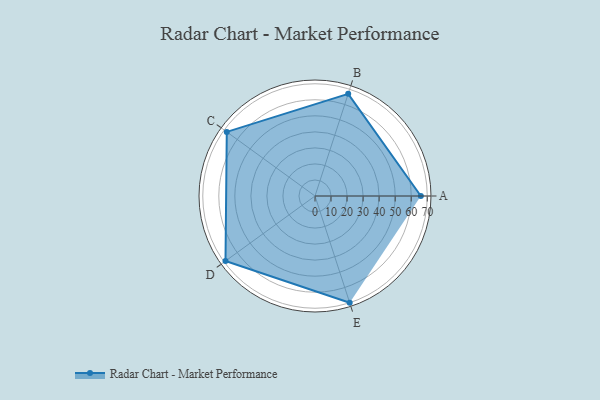
{"axis": {"x": "Skill", "y": "Score"}, "legend": ["Profile"], "data": [{"x": "A", "y": 66.0, "type": "Profile"}, {"x": "B", "y": 67.0, "type": "Profile"}, {"x": "C", "y": 68.0, "type": "Profile"}, {"x": "D", "y": 69.0, "type": "Profile"}, {"x": "E", "y": 70.0, "type": "Profile"}]}